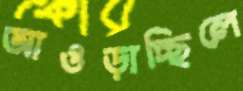
আওড়াচ্ছিলে